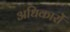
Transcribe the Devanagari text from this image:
अधिकारों